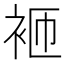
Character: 𬡋